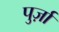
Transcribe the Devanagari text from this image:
पुर्ज़ा